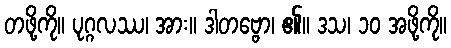
တဖို့ကို။ ပုဂ္ဂလဿ၊ အား။ ဒါတဗ္ဗော၊ ၏။ ဒသ၊ ၁၀ အဖို့ကို။